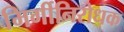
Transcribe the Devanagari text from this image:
मिर्गीनिरोधक